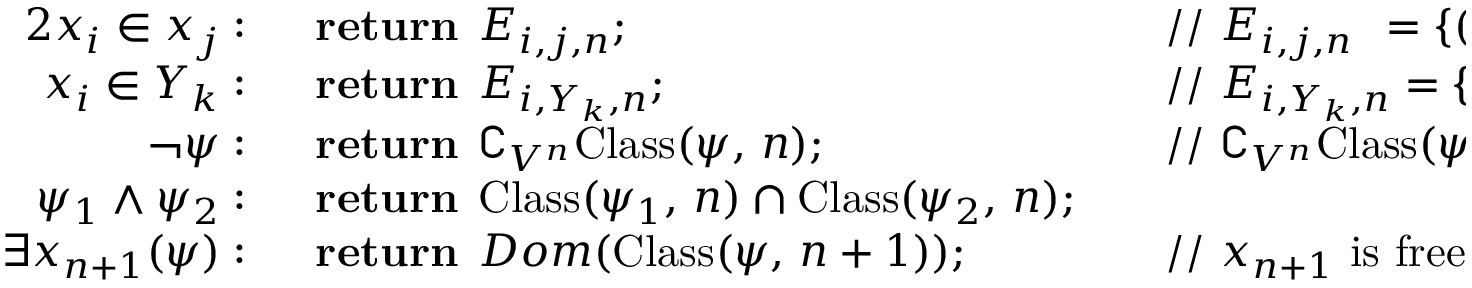
\begin{array} { r l r l } { { 2 } x _ { i } \in x _ { j } : \; \; } & { { } \mathbf { r e t u r n } \; \, E _ { i , j , n } ; } & { } & { { } { \mathrm { / / ~ } } E _ { i , j , n } \; \, = \{ ( x _ { 1 } , \dots , x _ { n } ) : x _ { i } \in x _ { j } \} } \\ { x _ { i } \in Y _ { k } : \; \; } & { { } \mathbf { r e t u r n } \; \, E _ { i , Y _ { k } , n } ; } & { } & { { } { \mathrm { / / ~ } } E _ { i , Y _ { k } , n } = \{ ( x _ { 1 } , \dots , x _ { n } ) : x _ { i } \in Y _ { k } \} } \\ { \neg \psi : \; \; } & { { } \mathbf { r e t u r n } \; \, \complement _ { V ^ { n } } { \mathrm { C l a s s } } ( \psi , \, n ) ; } & { } & { { } { \mathrm { / / ~ } } \complement _ { V ^ { n } } { \mathrm { C l a s s } } ( \psi , \, n ) = V ^ { n } \setminus { \mathrm { C l a s s } } ( \psi , \, n ) } \\ { \psi _ { 1 } \land \psi _ { 2 } : \; \; } & { { } \mathbf { r e t u r n } \; \, { \mathrm { C l a s s } } ( \psi _ { 1 } , \, n ) \cap { \mathrm { C l a s s } } ( \psi _ { 2 } , \, n ) ; } & { } & { { } } \\ { \; \; \; \; \, \exists x _ { n + 1 } ( \psi ) : \; \; } & { { } \mathbf { r e t u r n } \; \, D o m ( { \mathrm { C l a s s } } ( \psi , \, n + 1 ) ) ; } & { } & { { } { \mathrm { / / ~ } } x _ { n + 1 } { \mathrm { ~ i s ~ f r e e ~ i n ~ } } \psi ; { \mathrm { ~ C l a s s } } ( \psi , \, n + 1 ) } \end{array}